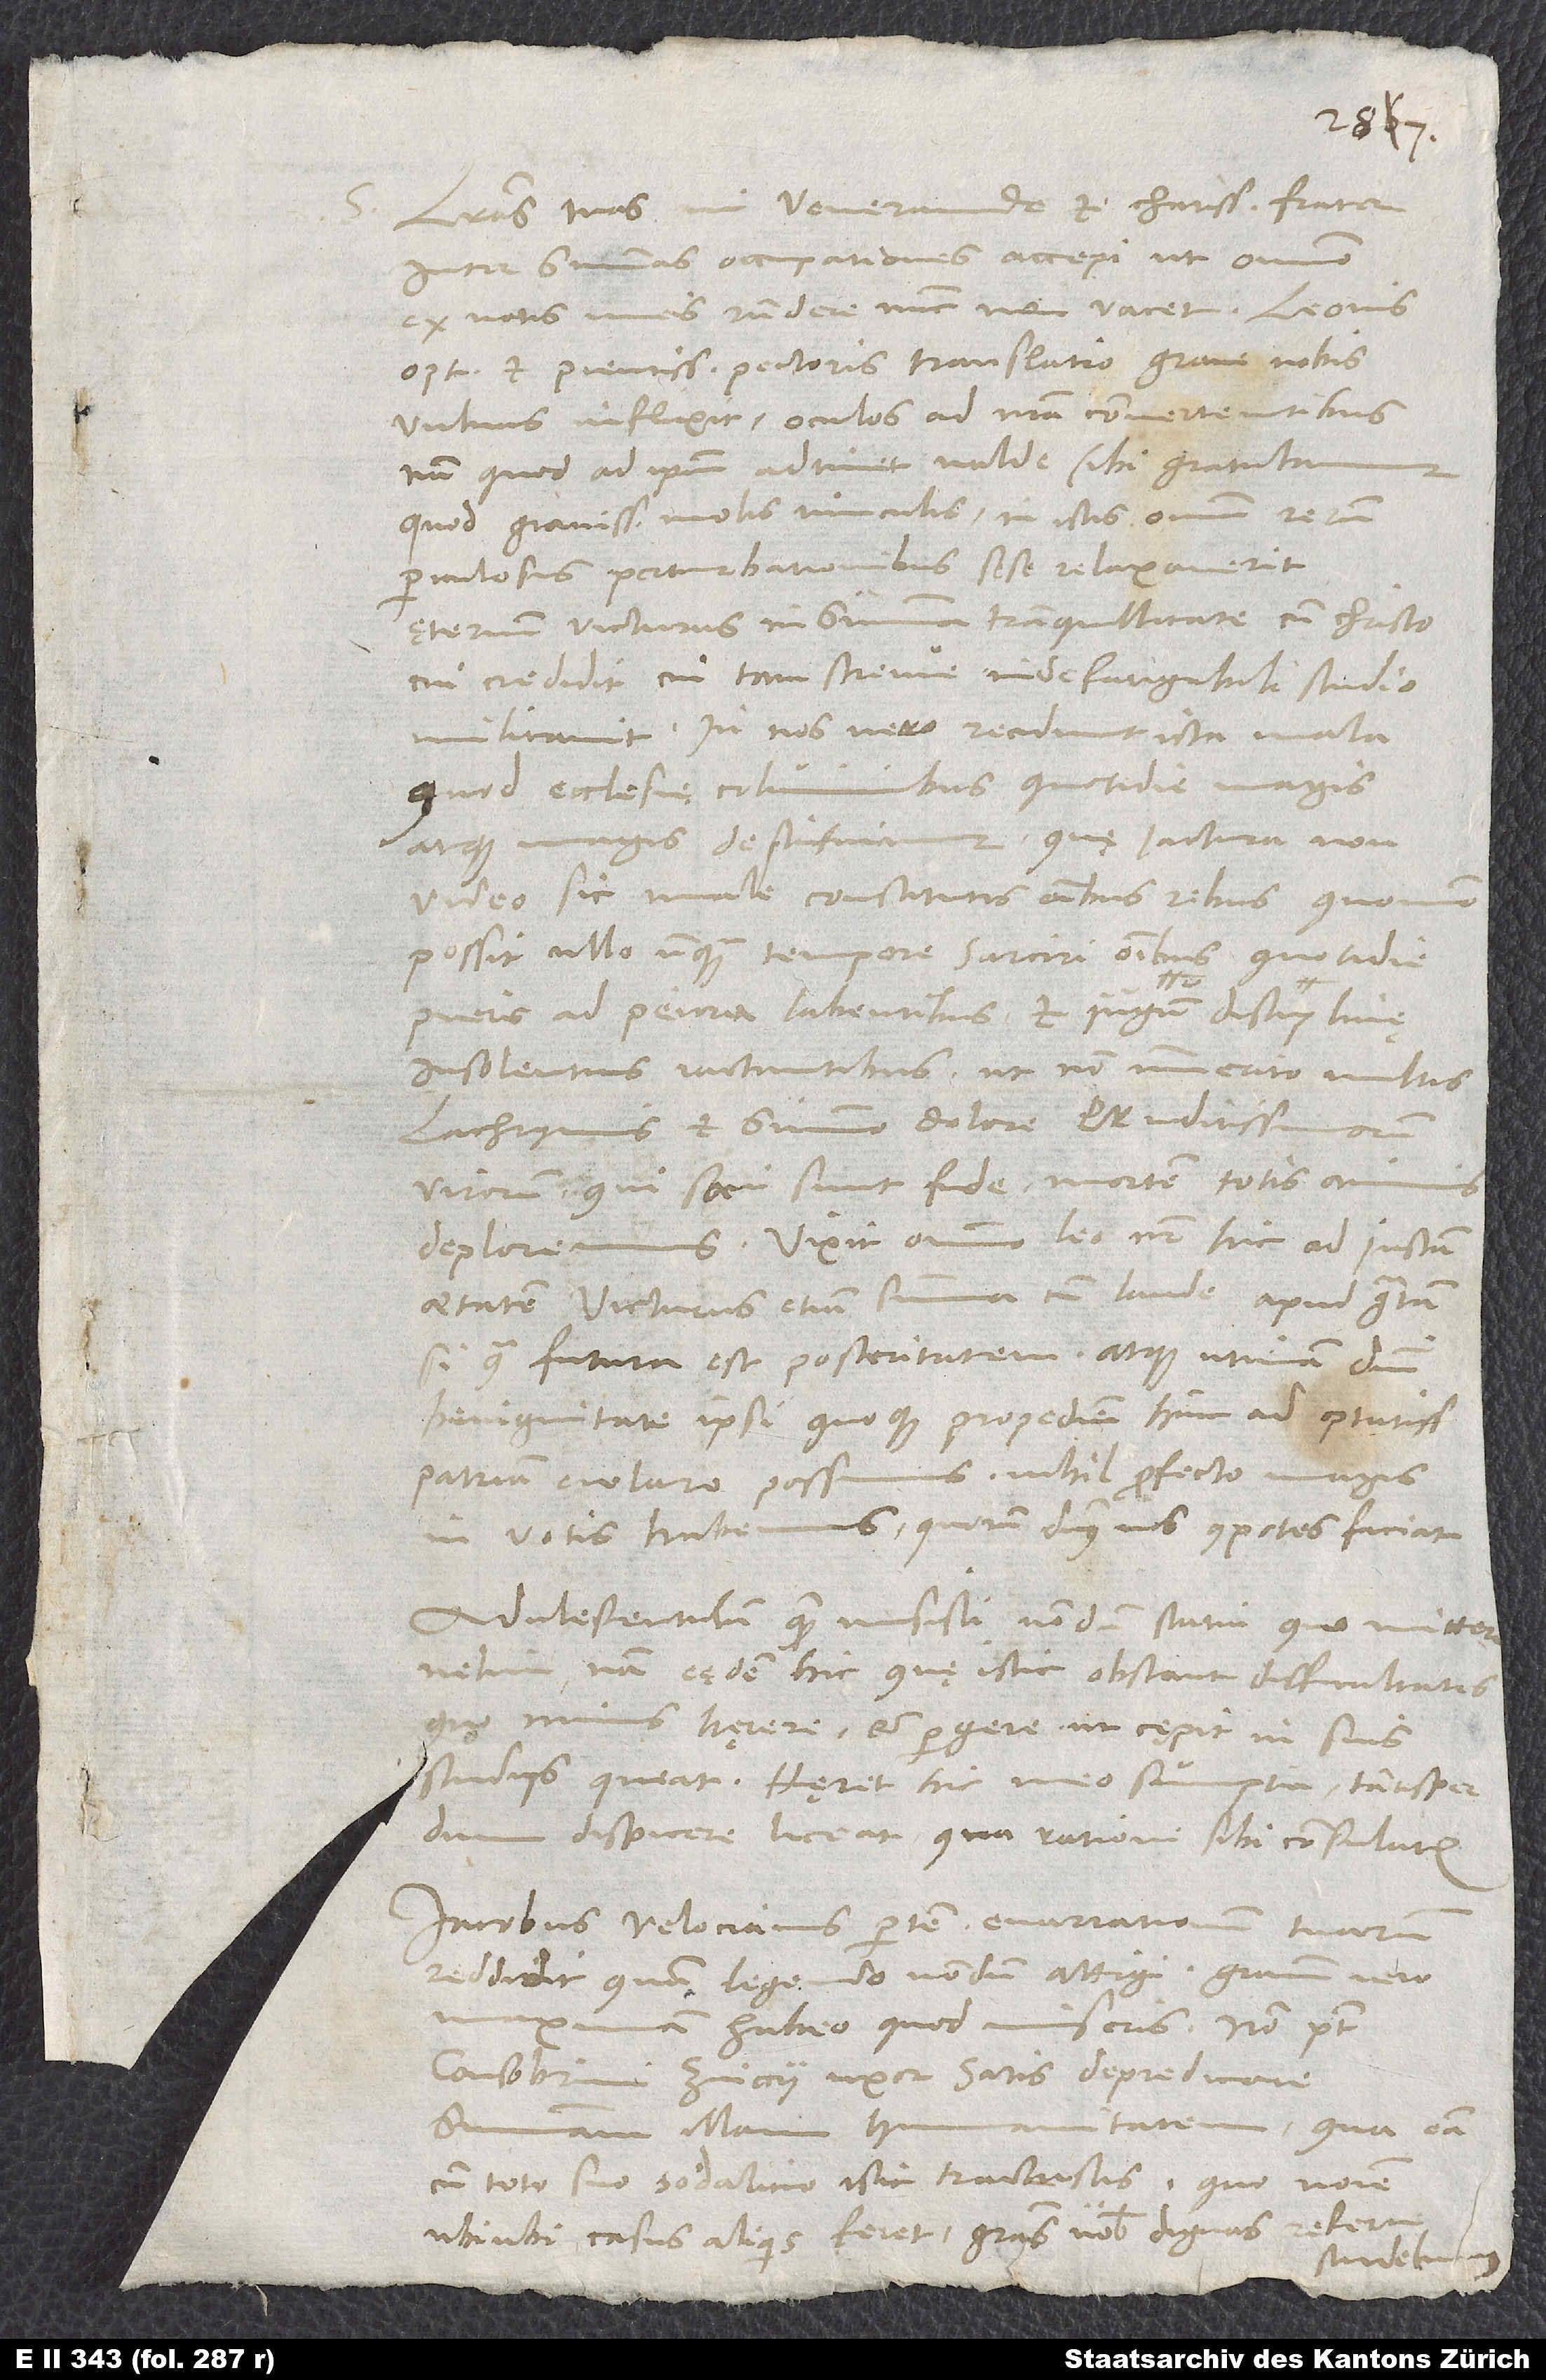
Literas tuas, mi venerande et charissime frater,
inter summas occupationes accepi, ut omnino
ex votis meis respondere nunc non vacet. Leonis
optimi et pientissimi pectoris translatio grave nobis
vulnus inflixit oculos ad nostra convertentibus;
nam quod ad ipsum adtinet, valde sibi gratulamur,
quod gravissimae molis vinculis in istis omnium rerum
periculosis perturbationibus sese relaxaverit
ęternum victurus in summa tranquillitate cum Christo,
cui credidit, cui tam strenue indefatigabili studio
militavit. In nos vero recidunt ista mala,
quod ecclesię columinibus quotidie magis
atque magis destituimur, quę iactura non
video sic male constitutis omnibus rebus, quomodo
possit ullo unquam tempore sarciri omnibus quotidie
S.
pueris ad peiora labentibus et iugum disciplinę
insolentius iactantibus, ut non immerito multis
lachrymis et summo dolore eruditissimorum
virorum, qui sani sunt fide, mortem totis animis
deploremus. Vixit omnino Leo noster hic ad iustam
aetatem victurus etiam summa cum laude apud gratam,
si qua futura est, posteritatem, atque utinam domini
benignitate ipsi quoque propediem hinc ad optatissimam
patriam evolare possimus! Nihil profecto magis
in votis habemus, quorum dominus nos compotes faciat.
Adulescentulum, quem misisti, nondum statui, quo mittere
velim; nam eędem hic quę istic obstant difficultates,
quo minus hęrere et pergere, ut cępit, in suis
studiis queat. Hęret hic meo sumptu tantisper,
dum dispicere liceat, qua ratione sibi consulatur.
Iacobus Velocianus partem enarrationem tuarum
reddidit, quam legendo nondum attigi; gratiam vero
habeo, quod miseris. Non potest
consobrini Zviccii uxor satis depredicare
qua eam
summam illam
cum toto suo sodalicio istic tractastis. Quo nomine,
ubiubi casus aliquis feret, gratias vobis dignas referre
studebimus.